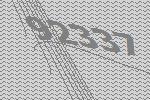
92337